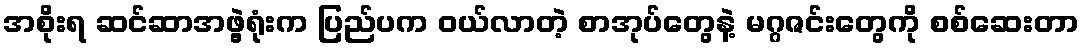
အစိုးရ ဆင်ဆာအဖွဲ့ရုံးက ပြည်ပက ဝယ်လာတဲ့ စာအုပ်တွေနဲ့ မဂ္ဂဇင်းတွေကို စစ်ဆေးတာ